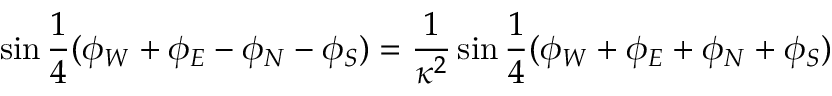
\sin { \frac { 1 } { 4 } ( \phi _ { W } + \phi _ { E } - \phi _ { N } - \phi _ { S } ) } = \frac { 1 } { \kappa ^ { 2 } } \sin { \frac { 1 } { 4 } ( \phi _ { W } + \phi _ { E } + \phi _ { N } + \phi _ { S } ) }